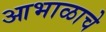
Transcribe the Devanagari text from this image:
आभाळाचे